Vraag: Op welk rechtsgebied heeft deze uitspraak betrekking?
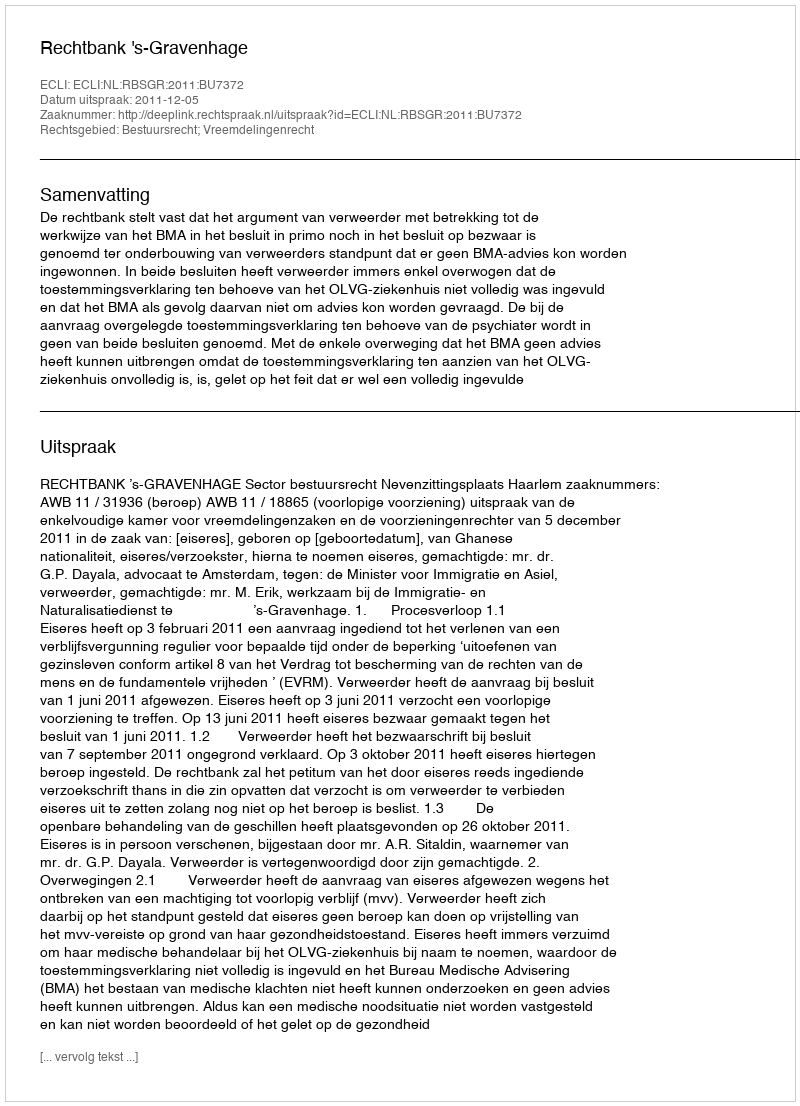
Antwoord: Bestuursrecht; Vreemdelingenrecht